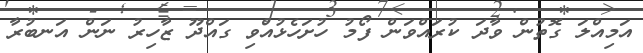
އަމިއްލަ ގޮތުން ވާދަ ކުރައްވަން ފޯމު ހުށަހެޅުއްވި ގައްދޫ ޒާހިރު ނަން އަނބުރާ